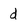
Character: d